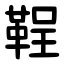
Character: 鞓